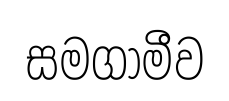
සමගාමීව